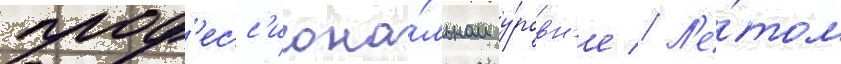
проф'есс'иона́льном у́ровн'е // Л'е́том